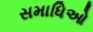
સમાધિઓ